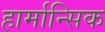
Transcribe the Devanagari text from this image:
हार्मान्सिक